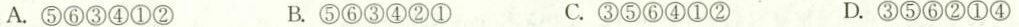
A.⑤⑥③④①② B.⑤⑥③④②① C.③⑤⑥④①② D.③⑤⑥②①④